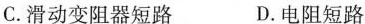
C.滑动变阻器短路 D.电阻短路